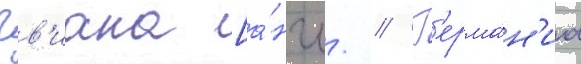
Гв'иана [а́нгл. // Г'ерма́н'иа